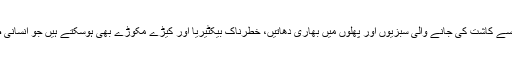
تشویشناک امر یہ ہے کہ اس پانی سے کاشت کی جانے والی سبزیوں اور پھلوں میں بھاری دھاتیں، خطرناک بیکٹیریا اور کیڑے مکوڑے بھی ہوسکتے ہیں جو انسانی صحت کو شدید متاثر کرسکتےہیں۔